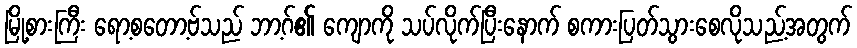
မြို့စားကြီး ရော့စတော့ဗ်သည် ဘာ့ဂ်၏ ကျောကို သပ်လိုက်ပြီးနောက် စကားပြတ်သွားစေလိုသည့်အတွက်